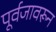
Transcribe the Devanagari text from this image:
पूर्वजावरून